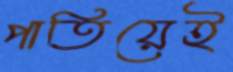
পাতিয়েই